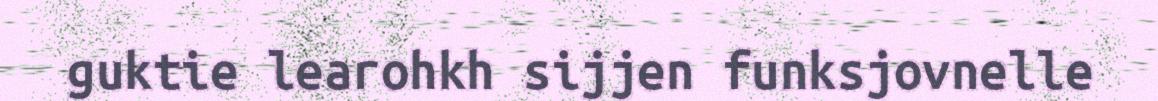
guktie learohkh sijjen funksjovnelle